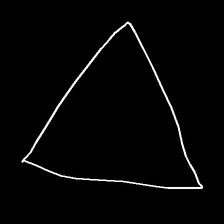
Glyph: convergence